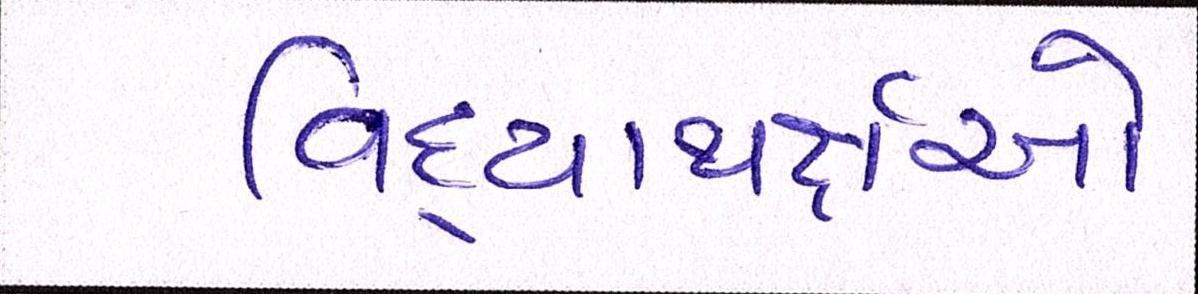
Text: વિદ્યાથર્ક્ષઓ